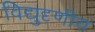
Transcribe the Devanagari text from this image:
विद्युदृणीय